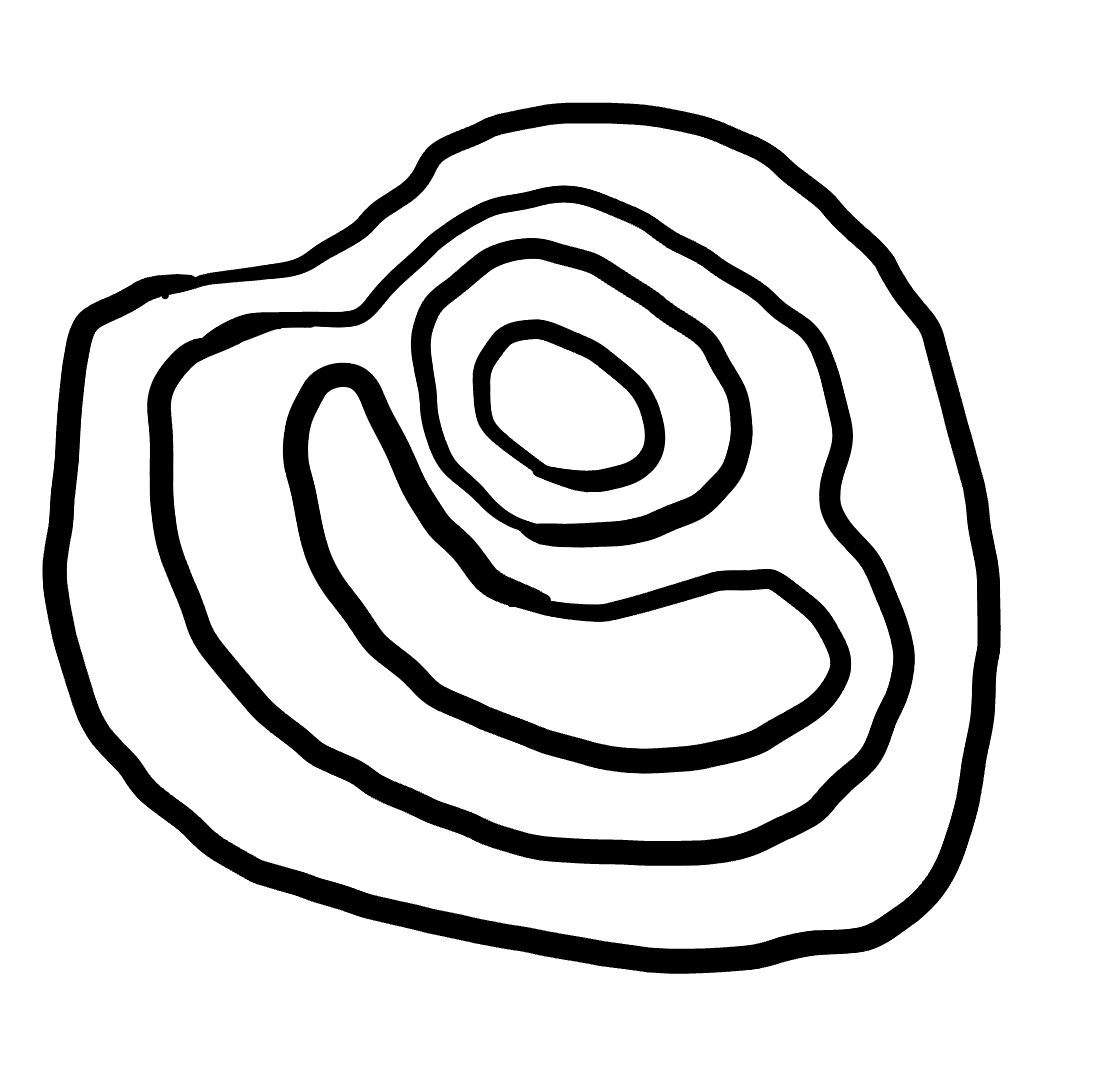
Number of regions (including the outer root region): 6
Containment tree edges (parent, child): 0, 1, 1, 2, 2, 3, 2, 4, 4, 5